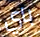
باي